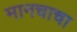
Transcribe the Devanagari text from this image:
मानचाचा